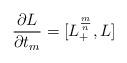
LaTeX: \begin{align*}\frac{\partial L}{\partial t_m}=[L^{\frac{m}{n}}_+,L]\end{align*}